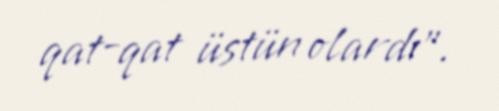
qat-qat üstün olardı".